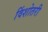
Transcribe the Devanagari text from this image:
विंशोतरी